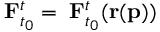
\mathbf { \nabla } \mathbf { F } _ { t _ { 0 } } ^ { t } = \mathbf { \nabla } \mathbf { F } _ { t _ { 0 } } ^ { t } ( \mathbf { r } ( \mathbf { p } ) )